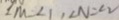
\angle M = \angle 1 , \angle N = \angle 2